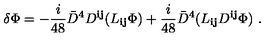
\delta \Phi = - \frac { i } { 4 8 } { \bar { D } } ^ { 4 } D ^ { { \mathbf i } { \mathbf j } } ( L _ { { \mathbf i } { \mathbf j } } \Phi ) + \frac { i } { 4 8 } { \bar { D } } ^ { 4 } ( L _ { { \mathbf i } { \mathbf j } } D ^ { { \mathbf i } { \mathbf j } } \Phi ) \ .